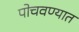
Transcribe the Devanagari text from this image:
पोचवण्यात